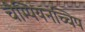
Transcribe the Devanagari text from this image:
चैम्पियनच्चिप